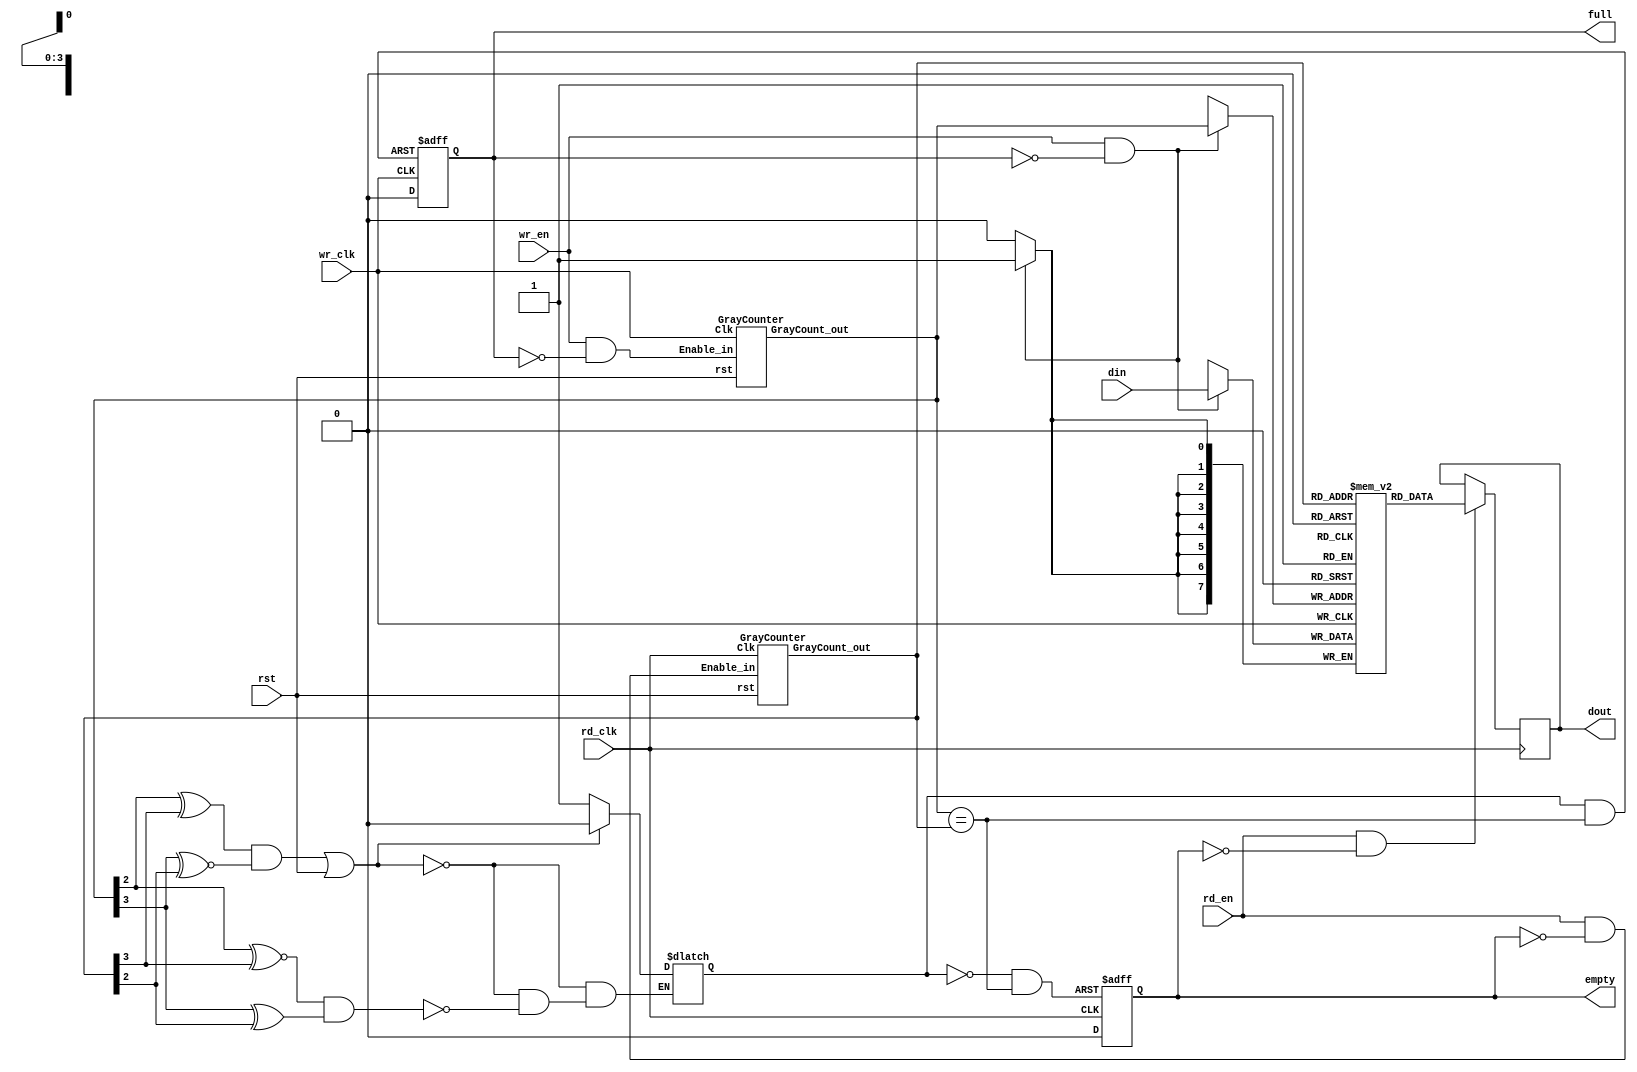
module fifo_8x16_dc (/*AUTOARG*/
   // Outputs
   dout, empty, full,
   // Inputs
   rd_en, rd_clk, rst, din, wr_en, wr_clk
   );
   output reg  [7:0]        dout;
   output reg               empty;
   input wire               rd_en;
   input wire               rd_clk;
   input wire               rst;

   input wire [7:0]         din;
   output reg               full;
   input wire               wr_en;
   input wire               wr_clk;

   reg [7:0]                Mem [15:0];
   wire [3:0]               pNextWordToWrite, pNextWordToRead;
   wire                     EqualAddresses;
   wire                     NextWriteAddressEn, NextReadAddressEn;
   wire                     Set_Status, Rst_Status;
   reg                      Status;
   wire                     PresetFull, PresetEmpty;
   always @ (posedge rd_clk)
     if (rd_en & !empty)
       dout <= Mem[pNextWordToRead];

   always @ (posedge wr_clk)
     if (wr_en & !full)
       Mem[pNextWordToWrite] <= din;

   assign NextWriteAddressEn = wr_en & ~full;
   assign NextReadAddressEn  = rd_en  & ~empty;

   GrayCounter GrayCounter_pWr
     (.GrayCount_out(pNextWordToWrite),
      .Enable_in(NextWriteAddressEn),
      .rst(rst),
      .Clk(wr_clk)
      );
   GrayCounter GrayCounter_pRd
     (.GrayCount_out(pNextWordToRead),
      .Enable_in(NextReadAddressEn),
      .rst(rst),
      .Clk(rd_clk)
      );

   //'EqualAddresses' logic:
   assign EqualAddresses = (pNextWordToWrite == pNextWordToRead);

   //'Quadrant selectors' logic:
   assign Set_Status = (pNextWordToWrite[4-2] ~^ pNextWordToRead[4-1]) &
                       (pNextWordToWrite[4-1] ^  pNextWordToRead[4-2]);
   assign Rst_Status = (pNextWordToWrite[4-2] ^  pNextWordToRead[4-1]) &
                       (pNextWordToWrite[4-1] ~^ pNextWordToRead[4-2]);
    //'Status' latch logic:
    always @ (Set_Status, Rst_Status, rst) //D Latch w/ Asynchronous Clear & Preset.
        if (Rst_Status | rst)
            Status = 0;  //Going 'Empty'.
        else if (Set_Status)
            Status = 1;  //Going 'Full'.
    //'full' logic for the writing port:
    assign PresetFull = Status & EqualAddresses;  //'Full' Fifo.

    always @ (posedge wr_clk or posedge PresetFull) //D Flip-Flop w/ Asynchronous Preset.
        if (PresetFull)
            full <= 1;
        else
            full <= 0;

    //'empty' logic for the reading port:
    assign PresetEmpty = ~Status & EqualAddresses;  //'Empty' Fifo.

    always @ (posedge rd_clk or posedge PresetEmpty)  //D Flip-Flop w/ Asynchronous Preset.
        if (PresetEmpty)
            empty <= 1;
        else
            empty <= 0;
endmodule

module GrayCounter
   (output reg  [3:0]    GrayCount_out,  //'Gray' code count output.

    input wire Enable_in, //Count enable.
    input wire rst, //Count reset.
    input wire Clk);
   reg [3:0] BinaryCount;

   always @ (posedge Clk)
     if (rst) begin
        BinaryCount   <= {4{1'b0}} + 1;  //Gray count begins @ '1' with
     GrayCount_out <= {4{1'b0}};      // first 'Enable_in'.
  end
     else if (Enable_in) begin
        BinaryCount   <= BinaryCount + 1;
        GrayCount_out <= {BinaryCount[3],
                          BinaryCount[2:0] ^ BinaryCount[3:1]};
     end

endmodule